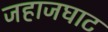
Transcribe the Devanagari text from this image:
जहाजघाट